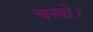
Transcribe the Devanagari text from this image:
चखो।